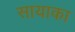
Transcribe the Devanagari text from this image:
सायाका